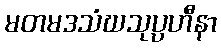
မတမဒသံဃသုပ္ပဟီနာ